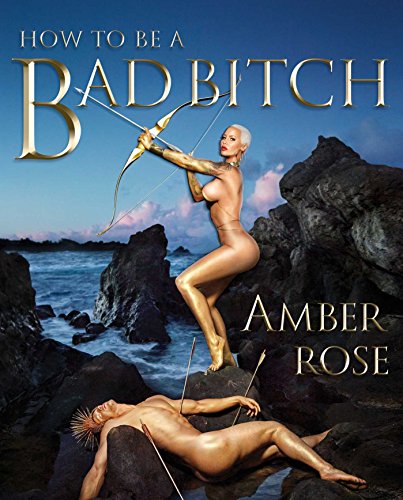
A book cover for How to Be a Bad Bitch; Amber Rose; Health, Fitness & Dieting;